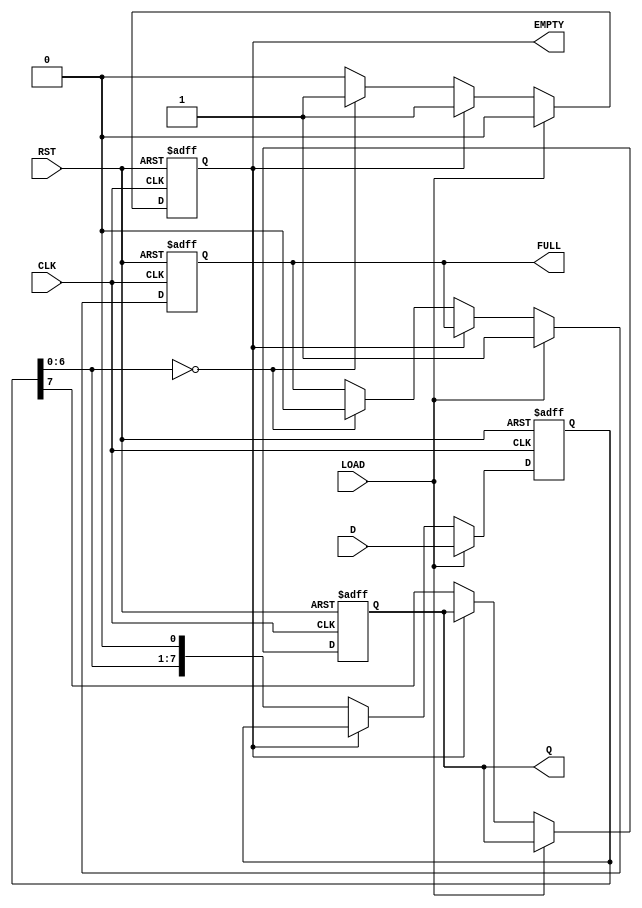
module PISO_Register #(
    parameter N = 8  // Size of the register (number of bits)
)(
    input wire [N-1:0] D,      // Parallel data input
    input wire LOAD,            // Load control signal
    input wire CLK,             // Clock signal
    input wire RST,             // Asynchronous reset
    output reg Q,               // Serial output
    output reg EMPTY,           // Empty flag
    output reg FULL             // Full flag
);

    reg [N-1:0] shift_reg;      // Shift register to hold data

    // Asynchronous reset and data loading/shift operation
    always @(posedge CLK or posedge RST) begin
        if (RST) begin
            // Clear the shift register and flags on reset
            shift_reg <= {N{1'b0}};
            Q <= 1'b0;
            EMPTY <= 1'b1;
            FULL <= 1'b0;
        end else begin
            if (LOAD) begin
                // Load the data into the shift register
                shift_reg <= D;
                FULL <= 1'b1;  // Mark the register as full
                EMPTY <= 1'b0;  // Mark the register as not empty
            end else if (!EMPTY) begin
                // Shift operation
                Q <= shift_reg[N-1]; // Output the MSB
                shift_reg <= {shift_reg[N-2:0], 1'b0}; // Shift left
                // Update EMPTY flag
                if (shift_reg[N-2:0] == {N-1{1'b0}}) begin
                    EMPTY <= 1'b1; // Set empty if all bits are shifted out
                    FULL <= 1'b0;  // Mark the register as not full
                end else begin
                    EMPTY <= 1'b0; // Mark as not empty
                end
            end
        end
    end

endmodule